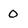
Character: O